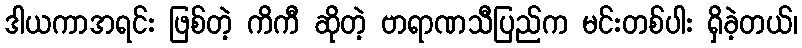
ဒါယကာအရင်း ဖြစ်တဲ့ ကိကီ ဆိုတဲ့ ဗာရာဏသီပြည်က မင်းတစ်ပါး ရှိခဲ့တယ်၊